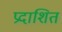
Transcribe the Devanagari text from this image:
प्रदाशित